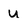
Character: U